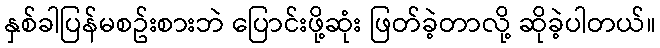
နှစ်ခါပြန်မစဥ်းစားဘဲ ပြောင်းဖို့ဆုံး ဖြတ်ခဲ့တာလို့ ဆိုခဲ့ပါတယ်။